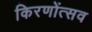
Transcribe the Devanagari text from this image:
किरणोंत्सव